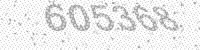
Solution: 605368